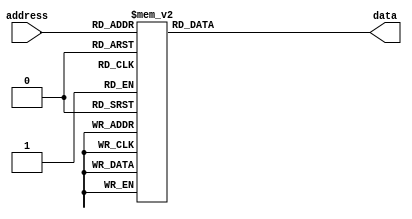

module rom(
	input  [3:0] address,
	output reg [7:0] data
);

	always @(*)
		case(address)
			4'h0 : data = 8'h00;
			4'h1 : data = 8'h11;
			4'h2 : data = 8'h22;
			4'h3 : data = 8'h33;
			4'h4 : data = 8'h44;
			4'h5 : data = 8'h55;
			4'h6 : data = 8'h66;
			4'h7 : data = 8'h77;
			4'h8 : data = 8'h88;
			4'h9 : data = 8'h99;
			4'ha : data = 8'haa;
			4'hb : data = 8'hbb;
			4'hc : data = 8'hcc;
			4'hd : data = 8'hdd;
			4'he : data = 8'hee;
			4'hf : data = 8'hff;
		endcase

endmodule